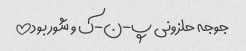
جوجه حلزونی پ-ن-ک و شور بود!!